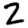
Digit: 2